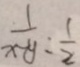
\frac { 1 } { x - y } : \frac { 1 } { 2 }